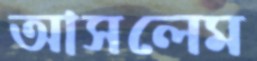
আসলেম